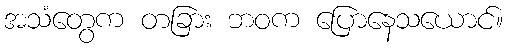
အသံတွေက တခြား ဘဝက ပြောနေသယောင်။